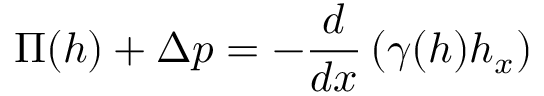
\Pi ( h ) + \Delta p = - \frac { d } { d x } \left( \gamma ( h ) h _ { x } \right)